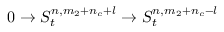
0 \rightarrow S _ { t } ^ { n , m _ { 2 } + n _ { c } + l } \rightarrow S _ { t } ^ { n , m _ { 2 } + n _ { c } - l }